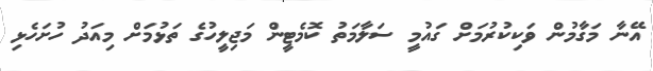
އޭނާ މަގާމުން ވަކިކުރުމަށް ގައުމީ ސަލާމަތު ކޮމެޓީން މަޖިލީހުގެ ތަޅުމަށް މިއަދު ހުށަހެޅި